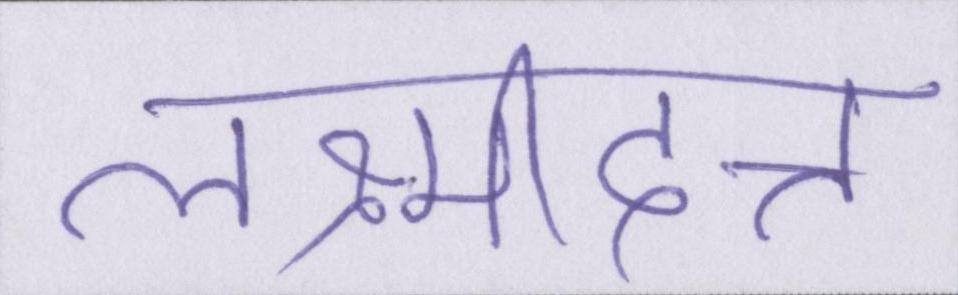
लक्ष्मीदत्त